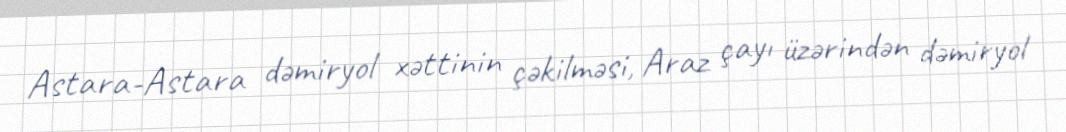
Astara-Astara dəmiryol xəttinin çəkilməsi, Araz çayı üzərindən dəmiryol